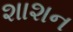
શાશન